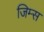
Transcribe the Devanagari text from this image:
जिम्स